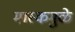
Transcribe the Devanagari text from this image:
मास्कमुळे